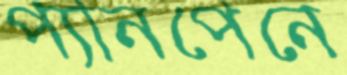
প্যানপেনে